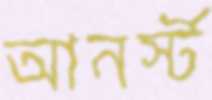
আনর্স্ট